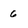
Character: 6